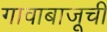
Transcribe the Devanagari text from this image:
गावाबाजूची